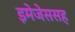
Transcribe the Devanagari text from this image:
इमेजेससह